Madras plague regulations in force outside the Presidency town - Volume 1
Disease focus: Plague
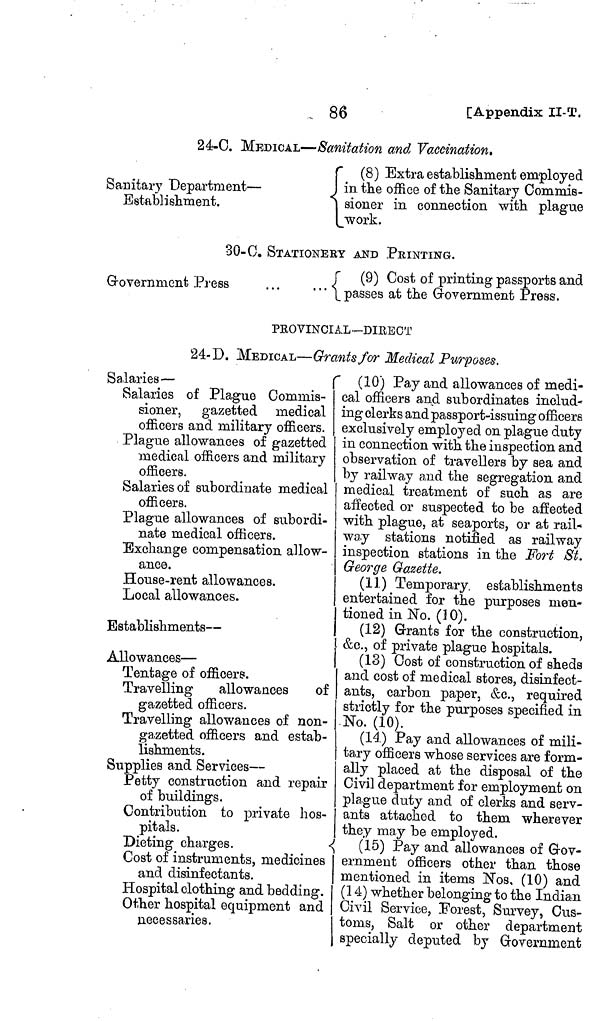
gg
[Appendix II-T.
24-0. MEDICAL—Sanitation and Vaccination.
Sanitary Department —
Establishment.
(8) Extra establishment employed
in the office of the Sanitary Commis-
sioner in connection with plague
work.
30-C. STATIONERY AND FEINTING.
Government Press
(9) Cost of printing passports and
passes at the Government Press.
PROVINCIAL—DIRECT
24-D. MEDICAL—Grants for Medical Purposes.
Salaries —
Salaries of Plague Commis-
sioner, gazetted medical
officers and military officers.
Plague allowances of gazetted
medical officers and military
officers.
Salaries of subordinate medical
officers.
Plague allowances of subordi-
nate medical officers.
Exchange compensation allow-
ance.
House-rent allowances.
Local allowances.
Establishments —
Allowances —
Tentage of officers.
Travelling
allowances
of
gazetted officers.
Travelling allowances of non-
gazetted officers and estab-
lishments.
Supplies and Services —
Petty construction and repair
of buildings.
Contribution to private hos-
pitals.
Dieting charges.
Cost of instruments, medicines
and disinfectants.
Hospital clothing and bedding.
Other hospital equipment and
necessaries.
(10) Pay and allowances of medi-
cal officers and subordinates includ-
ing clerks and passport-issuing officers
exclusively employed on plague duty
in connection with the inspection and
observation of travellers by sea and
by railway and the segregation and
medical treatment of such as are
affected or suspected to be afíected
with plague, at seaports, or at rail-
way stations notified as railway
inspection stations in the Fort Si.
George Gazette.
(11) Temporary, establishments
entertained for the purposes men-
tioned in No. (] 0).
(12) Grants for the construction,
I &c., of private plague hospitals,
(13) Cost of construction of sheds
and cost of medical stores, disinfect-
ants, carbon paper, &c., required
strictly for the purposes specified in
No. (10).
(14) Pay and allowances of mili-
tary officers whose services are form-
ally placed at the disposal of the
Civil department for employment on
plague duty and of clerks and serv-
ants attached to them wherever
they may be employed.
(15) Pay and allowances of Gov-
ernment officers other than those
mentioned in items Nos, (10) and
(14) whether belonging to the Indian
Civil Service, Forest, Survey, Cus-
toms, Salt or other department
specially deputed by Grovernment